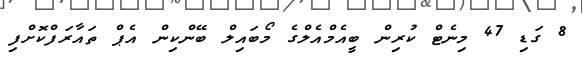
8 ގަޑި 47 މިނެޓް ކުރިން ބީއެމްއެލްގެ މޯބައިލް ބޭންކިން އެޕް ތައާރަފްކޮށްފި